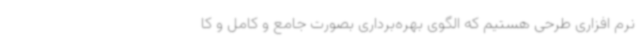
نرم افزاری طرحی هستیم که الگوی بهره‌برداری بصورت جامع و کامل و کا